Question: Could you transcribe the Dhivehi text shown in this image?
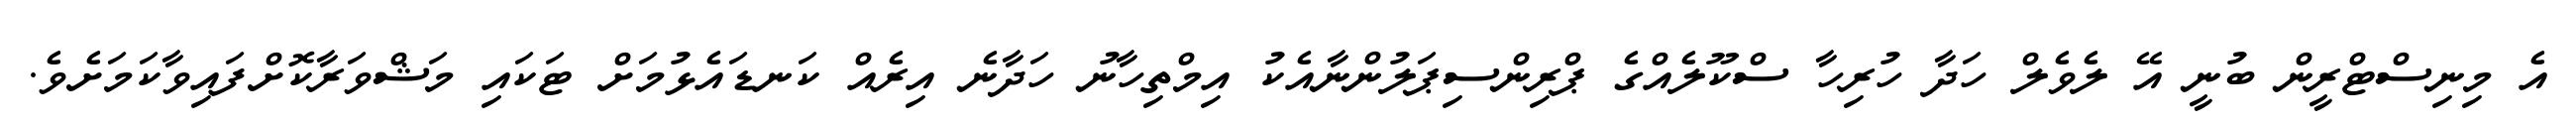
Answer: އެ މިނިސްޓްރީން ބުނީ އޭ ލެވެލް ހަދާ ހުރިހާ ސްކޫލެއްގެ ޕްރިންސިޕަލުންނާއެކު އިމްތިހާނު ހަދާނެ އިރެއް ކަނޑައެޅުމަށް ޓަކައި މަޝްވަރާކޮށްފައިވާކަމަށެވެ.